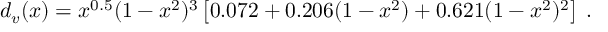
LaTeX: d _ { v } ( x ) = x ^ { 0 . 5 } ( 1 - x ^ { 2 } ) ^ { 3 } \left[ 0 . 0 7 2 + 0 . 2 0 6 ( 1 - x ^ { 2 } ) + 0 . 6 2 1 ( 1 - x ^ { 2 } ) ^ { 2 } \right] \; .